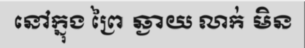
នៅក្នុង ព្រៃ ឆ្ងាយ លាក់ មិន